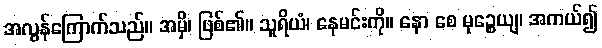
အလွန်ကြောက်သည်။ အမှိ၊ ဖြစ်၏။ သူရိယံ၊ နေမင်းကို။ နော စေ မုဉ္စေယျ၊ အကယ်၍